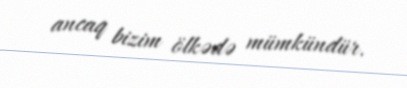
ancaq bizim ölkədə mümkündür.